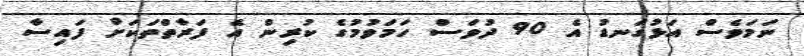
ނަމަވެސް އަޅުގަނޑު އެ 90 ދުވަސް ހަމަވުމުގެ ކުރިން އެ ފަރާތްތަކަށް ފައިސާ